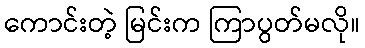
ကောင်းတဲ့ မြင်းက ကြာပွတ်မလို။